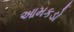
આમકડો